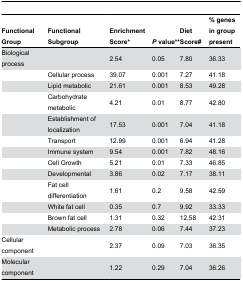
| Functional Group | Functional Subgroup | Enrichment Score* | P value** | Diet Score# | % genes in group present |
 | --- | --- | --- | --- | --- | --- |
 | Biological process |  | 2.54 | 0.05 | 7.80 | 36.33 |
 |  | Cellular process | 39.07 | 0.001 | 7.27 | 41.18 |
 |  | Lipid metabolic | 21.61 | 0.001 | 8.53 | 49.28 |
 |  | Carbohydrate metabolic | 4.21 | 0.01 | 8.77 | 42.80 |
 |  | Establishment of localization | 17.53 | 0.001 | 7.04 | 41.18 |
 |  | Transport | 12.99 | 0.001 | 6.94 | 41.28 |
 |  | Immune system | 9.54 | 0.001 | 7.82 | 48.16 |
 |  | Cell Growth | 5.21 | 0.01 | 7.33 | 46.85 |
 |  | Developmental | 3.86 | 0.02 | 7.17 | 38.11 |
 |  | Fat cell differentiation | 1.61 | 0.2 | 9.58 | 42.59 |
 |  | White fat cell | 0.35 | 0.7 | 9.92 | 33.33 |
 |  | Brown fat cell | 1.31 | 0.32 | 12.58 | 42.31 |
 |  | Metabolic process | 2.78 | 0.06 | 7.44 | 37.23 |
 | Cellular component |  | 2.37 | 0.09 | 7.03 | 36.35 |
 | Molecular component |  | 1.22 | 0.29 | 7.04 | 36.26 |